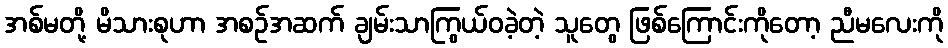
အစ်မတို့ မိသားစုဟာ အစဉ်အဆက် ချမ်းသာကြွယ်ဝခဲ့တဲ့ သူတွေ ဖြစ်ကြောင်းကိုတော့ ညီမလေးကို